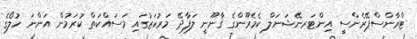
ޓްރާންސްޕޭރެންސީ އިންޓަރނޭޝަނަލް ކެމެރޫންގެ ޤާނޫނީ ލަފާދޭ މަރުކަޒުގައި މަސައްކަތް ކުރަމުން އަންނަ ހުލޯގެ